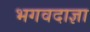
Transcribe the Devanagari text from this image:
भगवदाज्ञा